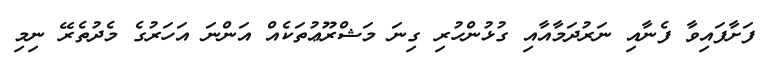
ފަށާފައިވާ ފެނާއި ނަރުދަމާއާއި ގުޅުންހުރި ގިނަ މަޝްރޫޢުތަކެއް އަންނަ އަހަރުގެ މެދުތެރޭ ނިމި